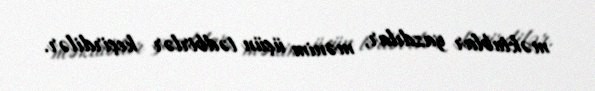
məktublar yazdılar, mənim üçün tədbirlər keçirdilər.